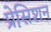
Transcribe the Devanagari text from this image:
प्रेसिशन